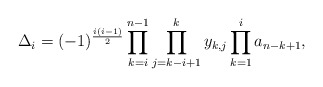
\begin{align*} \Delta_i=(-1)^{\frac{i(i-1)}{2}}\prod_{k=i}^{n-1}\prod_{j=k-i+1}^{k}y_{k,j}\prod_{k=1}^{i}a_{n-k+1},\end{align*}